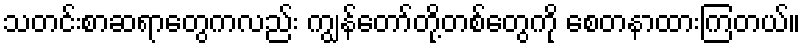
သတင်းစာဆရာတွေကလည်း ကျွန်တော်တို့တစ်တွေကို စေတနာထားကြတယ်။